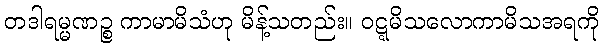
တဒါရမ္မဏဉ္စ ကာမာမိသံဟု မိန့်သတည်း။ ဝဋ္ဋမိသလောကာမိသအရကို